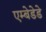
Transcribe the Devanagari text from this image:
एम्बेडेडे